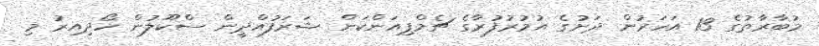
މުބާރާތުގެ 13 އަހަރުން ދަށުގެ އުމުރުފުރާގެ ޗެމްޕިއަންކަން ޝަރަފުއްދީން ސްކޫލުން ހޯދިއިރު މި